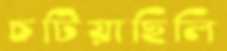
চটিয়াছিলি